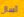
أسال